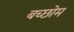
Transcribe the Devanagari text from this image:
बच्छोम